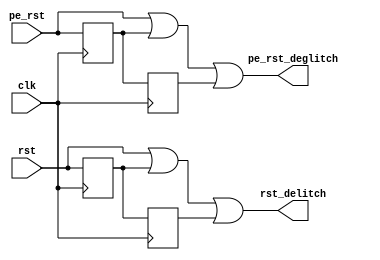
module reset_delitch(
input rst,
input pe_rst,
input clk,
output rst_delitch,
output pe_rst_deglitch
);

reg rst_delay1;
reg rst_delay2;
reg pe_rst_delay1;
reg pe_rst_delay2;
always@(posedge clk) begin
	rst_delay1 <= rst;
	rst_delay2 <= rst_delay1;
	pe_rst_delay1 <= pe_rst;
	pe_rst_delay2 <= pe_rst_delay1;
	end
assign rst_delitch = rst | rst_delay1 | rst_delay2;	
assign pe_rst_deglitch = pe_rst | pe_rst_delay1 | pe_rst_delay2;	
endmodule